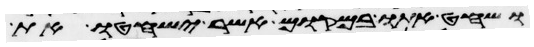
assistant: ושחט אתו במקום אשר ישחטו את